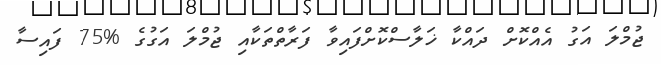
ޖުމްލަ އަގު އެއްކޮށް ދައްކާ ޚަލާސްކޮށްފައިވާ ފަރާތްތަކާއި ޖުމްލަ އަގުގެ %75 ފައިސާ